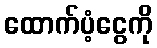
ထောက်ပံ့ငွေကို